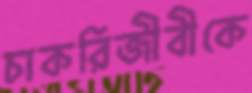
চাকরিজীবীকে